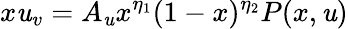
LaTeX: x\mathit{u}_{v}=A_{\mathit{u}}x^{\eta_{1}}(1-x)^{\eta_{2}}P(x,\mathit{u})